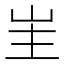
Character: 𭖒